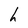
Character: h